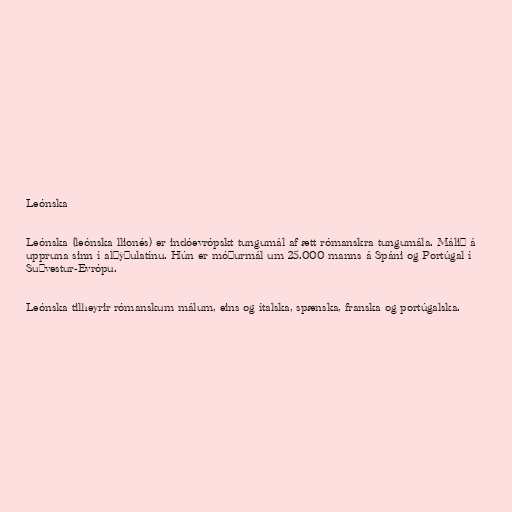
Leónska

Leónska (leónska llionés) er indóevrópskt tungumál af ætt rómanskra tungumála. Málið á
uppruna sinn í alþýðulatínu. Hún er móðurmál um 25.000 manns á Spáni og Portúgal í
Suðvestur-Evrópu.

Leónska tilheyrir rómanskum málum, eins og ítalska, spænska, franska og portúgalska.